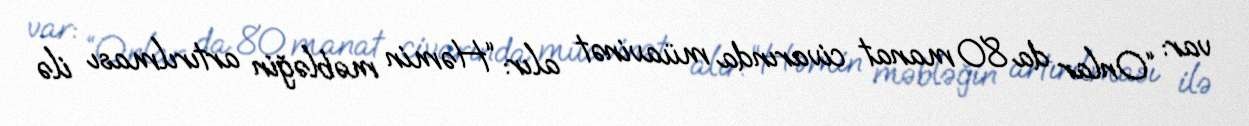
var: “Onlar da 80 manat civarında müavinət alır: “Həmin məbləğin artırılması ilə